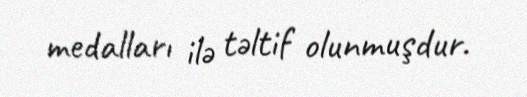
medalları ilə təltif olunmuşdur.